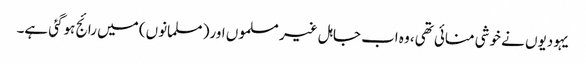
یہودیوں نے خوشی منائی تھی، وہ اب جاہل غیر مسلموں اور( مسلمانوں) میں رائج ہوگئی ہے۔